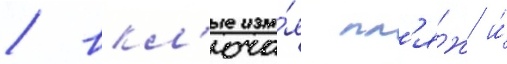
/ вкл'юча́я пл'я́ж и́